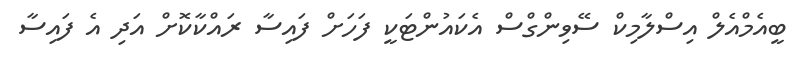
ބީއެމްއެލް އިސްލާމިކް ސޭވިންގްސް އެކައުންޓަކީ ފަހަށް ފައިސާ ރައްކާކޮށް އަދި އެ ފައިސާ